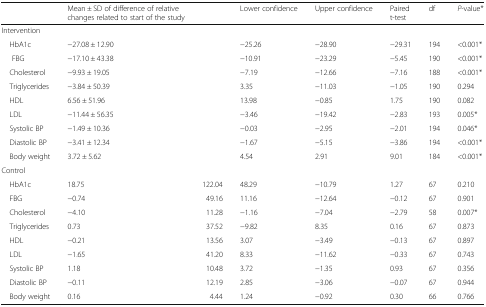
<table><thead><tr><td></td><td><b>Mean ± SD of difference of relative changes related to start of the study</b></td><td></td><td><b>Lower confidence</b></td><td><b>Upper confidence</b></td><td><b>Paired t-test</b></td><td><b>df</b></td><td><b><i>P</i>-value*</b></td></tr></thead><tbody><tr><td colspan="8">Intervention</td></tr><tr><td> HbA1c</td><td>−27.08 ± 12.90</td><td></td><td>−25.26</td><td>−28.90</td><td>−29.31</td><td>194</td><td>&lt;0.001*</td></tr><tr><td>FBG</td><td>−17.10 ± 43.38</td><td></td><td>−10.91</td><td>−23.29</td><td>−5.45</td><td>190</td><td>&lt;0.001*</td></tr><tr><td> Cholesterol</td><td>−9.93 ± 19.05</td><td></td><td>−7.19</td><td>−12.66</td><td>−7.16</td><td>188</td><td>&lt;0.001*</td></tr><tr><td> Triglycerides</td><td>−3.84 ± 50.39</td><td></td><td>3.35</td><td>−11.03</td><td>−1.05</td><td>190</td><td>0.294</td></tr><tr><td> HDL</td><td>6.56 ± 51.96</td><td></td><td>13.98</td><td>−0.85</td><td>1.75</td><td>190</td><td>0.082</td></tr><tr><td> LDL</td><td>−11.44 ± 56.35</td><td></td><td>−3.46</td><td>−19.42</td><td>−2.83</td><td>193</td><td>0.005*</td></tr><tr><td> Systolic BP</td><td>−1.49 ± 10.36</td><td></td><td>−0.03</td><td>−2.95</td><td>−2.01</td><td>194</td><td>0.046*</td></tr><tr><td> Diastolic BP</td><td>−3.41 ± 12.34</td><td></td><td>−1.67</td><td>−5.15</td><td>−3.86</td><td>194</td><td>&lt;0.001*</td></tr><tr><td> Body weight</td><td>3.72 ± 5.62</td><td></td><td>4.54</td><td>2.91</td><td>9.01</td><td>184</td><td>&lt;0.001*</td></tr><tr><td colspan="8">Control</td></tr><tr><td> HbA1c</td><td>18.75</td><td>122.04</td><td>48.29</td><td>−10.79</td><td>1.27</td><td>67</td><td>0.210</td></tr><tr><td> FBG</td><td>−0.74</td><td>49.16</td><td>11.16</td><td>−12.64</td><td>−0.12</td><td>67</td><td>0.901</td></tr><tr><td> Cholesterol</td><td>−4.10</td><td>11.28</td><td>−1.16</td><td>−7.04</td><td>−2.79</td><td>58</td><td>0.007*</td></tr><tr><td> Triglycerides</td><td>0.73</td><td>37.52</td><td>−9.82</td><td>8.35</td><td>0.16</td><td>67</td><td>0.873</td></tr><tr><td> HDL</td><td>−0.21</td><td>13.56</td><td>3.07</td><td>−3.49</td><td>−0.13</td><td>67</td><td>0.897</td></tr><tr><td> LDL</td><td>−1.65</td><td>41.20</td><td>8.33</td><td>−11.62</td><td>−0.33</td><td>67</td><td>0.743</td></tr><tr><td> Systolic BP</td><td>1.18</td><td>10.48</td><td>3.72</td><td>−1.35</td><td>0.93</td><td>67</td><td>0.356</td></tr><tr><td> Diastolic BP</td><td>−0.11</td><td>12.19</td><td>2.85</td><td>−3.06</td><td>−0.07</td><td>67</td><td>0.944</td></tr><tr><td> Body weight</td><td>0.16</td><td>4.44</td><td>1.24</td><td>−0.92</td><td>0.30</td><td>66</td><td>0.766</td></tr></tbody></table>